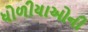
ધોળીયાઓની